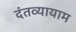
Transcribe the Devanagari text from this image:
दंतव्यायाम